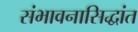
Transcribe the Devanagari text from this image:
संभावनासिद्धांत